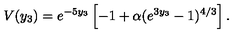
V ( y _ { 3 } ) = e ^ { - 5 y _ { 3 } } \left[ - 1 + \alpha ( e ^ { 3 y _ { 3 } } - 1 ) ^ { 4 / 3 } \right] .